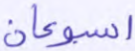
أسبوعان